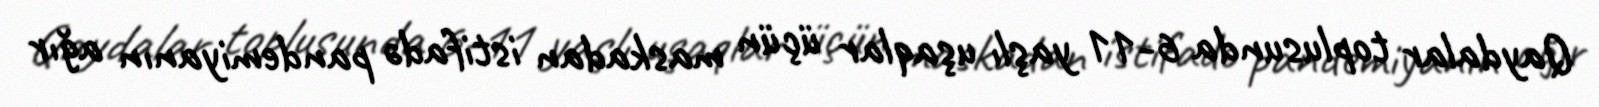
Qaydalar toplusunda 6-11 yaşlı uşaqlar üçün maskadan istifadə pandemiyanın ağır